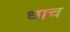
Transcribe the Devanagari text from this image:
धाच